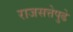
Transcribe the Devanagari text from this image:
राजसत्तेपुढे